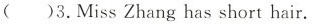
( )3.Miss Zhang has short hair.